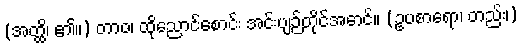
(အတ္ထိ၊ ၏။) တာဝ၊ ထိုညောင်စောင်း အင်းပျဉ်တိုင်အောင်။ (ဥပစာရော၊ တည်း၊)